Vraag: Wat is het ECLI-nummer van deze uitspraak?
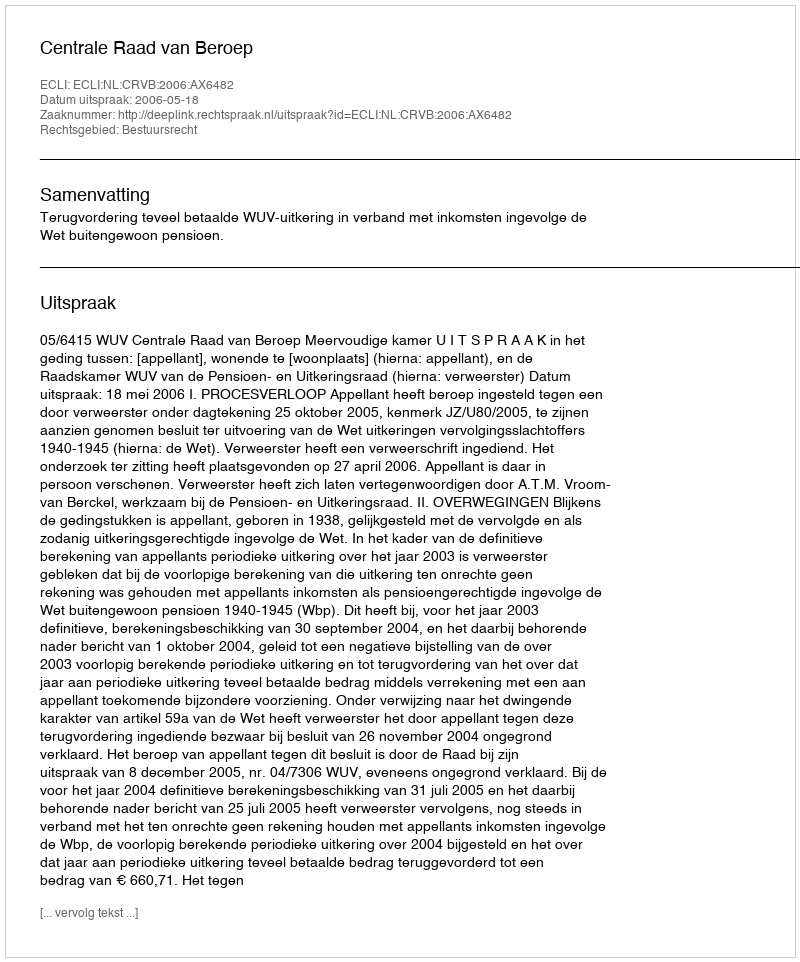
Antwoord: ECLI:NL:CRVB:2006:AX6482